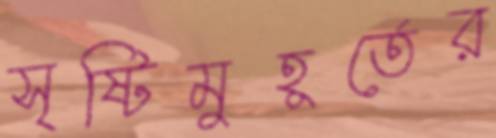
সৃষ্টিমুহূর্তের